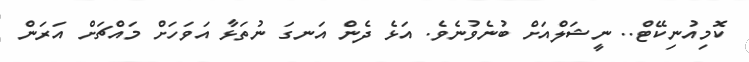
ކޮމިއުނިކޭޓް.. ނީޝަލްއަށް ބުނެވުނެވެ. އަޅެ ދެން އަނގަ ނުތަޅާ އަވަހަށް މައްޗަށް އަރަން